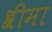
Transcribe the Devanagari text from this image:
श्रीमा